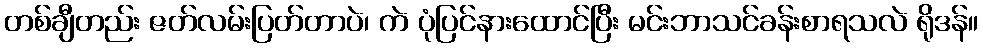
တစ်ချီတည်း ဇတ်လမ်းပြတ်တာပဲ၊ ကဲ ပုံပြင်နားထောင်ပြီး မင်းဘာသင်ခန်းစာရသလဲ ရိုဒန်။